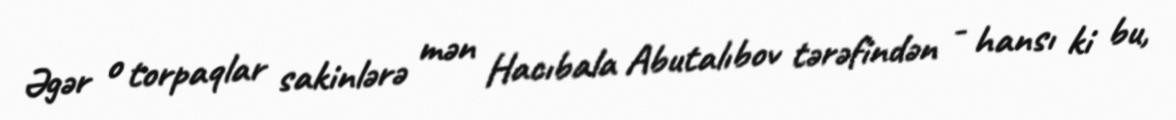
Əgər o torpaqlar sakinlərə mən Hacıbala Abutalıbov tərəfindən - hansı ki bu,